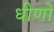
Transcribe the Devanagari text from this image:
धीणो